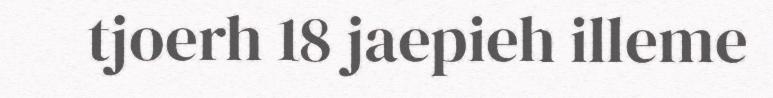
tjoerh 18 jaepieh illeme